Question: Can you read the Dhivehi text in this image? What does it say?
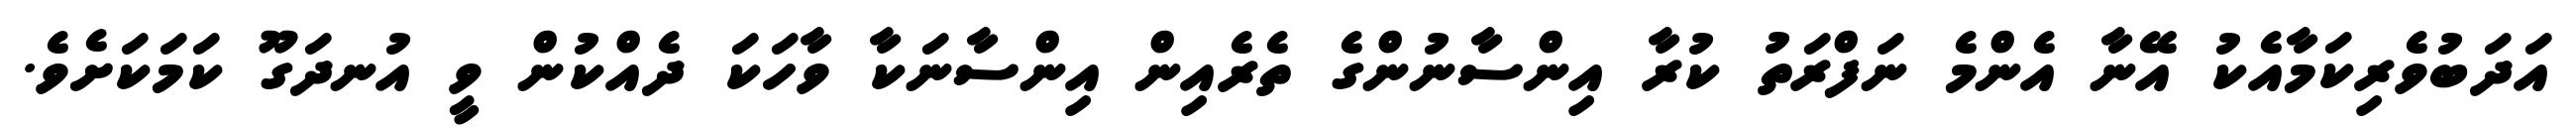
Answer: އަދަބުވެރިކަމާއެކު އޭނާ އެންމެ ނަފްރަތު ކުރާ އިންސާނުންގެ ތެރެއިން އިންސާނަކާ ވާހަކަ ދެއްކުން ވީ އުނދަގޫ ކަމަކަށެވެ.